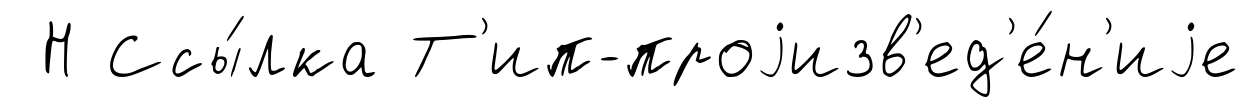
Н Ссы́лка Т'ип-проjизв'ед'е́н'иjе